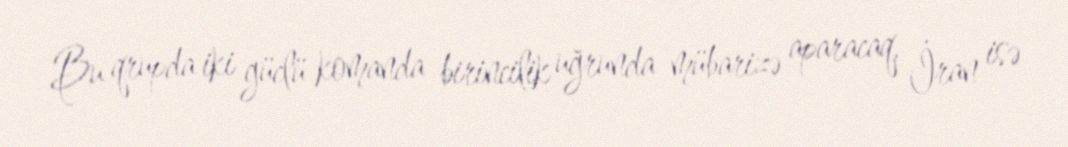
Bu qrupda iki güclü komanda birincilik uğrunda mübarizə aparacaq, İran isə